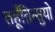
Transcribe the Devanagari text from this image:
तहूँतिन्सुयो